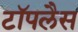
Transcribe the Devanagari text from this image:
टॉपलैस